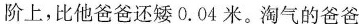
阶上，比他爸爸还矮0.04米。淘气的爸爸